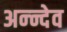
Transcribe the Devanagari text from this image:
अन्न्देव